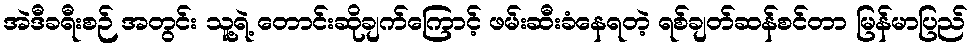
အဲဒီခရီးစဉ် အတွင်း သူ့ရဲ့ တောင်းဆိုချက်ကြောင့် ဖမ်းဆီးခံနေရတဲ့ ရစ်ချတ်ဆန်စင်တာ မြန်မာပြည်